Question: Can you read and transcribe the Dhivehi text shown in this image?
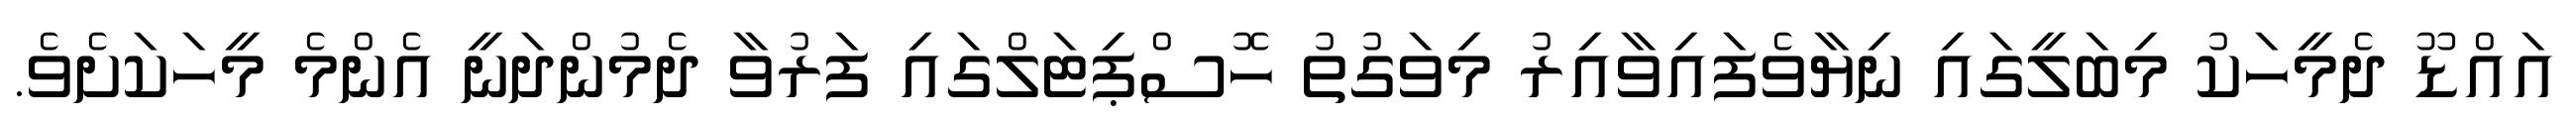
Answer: އައްޑޫ ދެމީހަކު މިބަލީގައި ނިޔާވެފައިވާއިރު މިވަގުތު ހޮސްޕިޓަލްގައި ފަރުވާ ދެމުންދަނީ އެންމެ މީހަކަށެވެ.